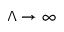
\Lambda \to \infty